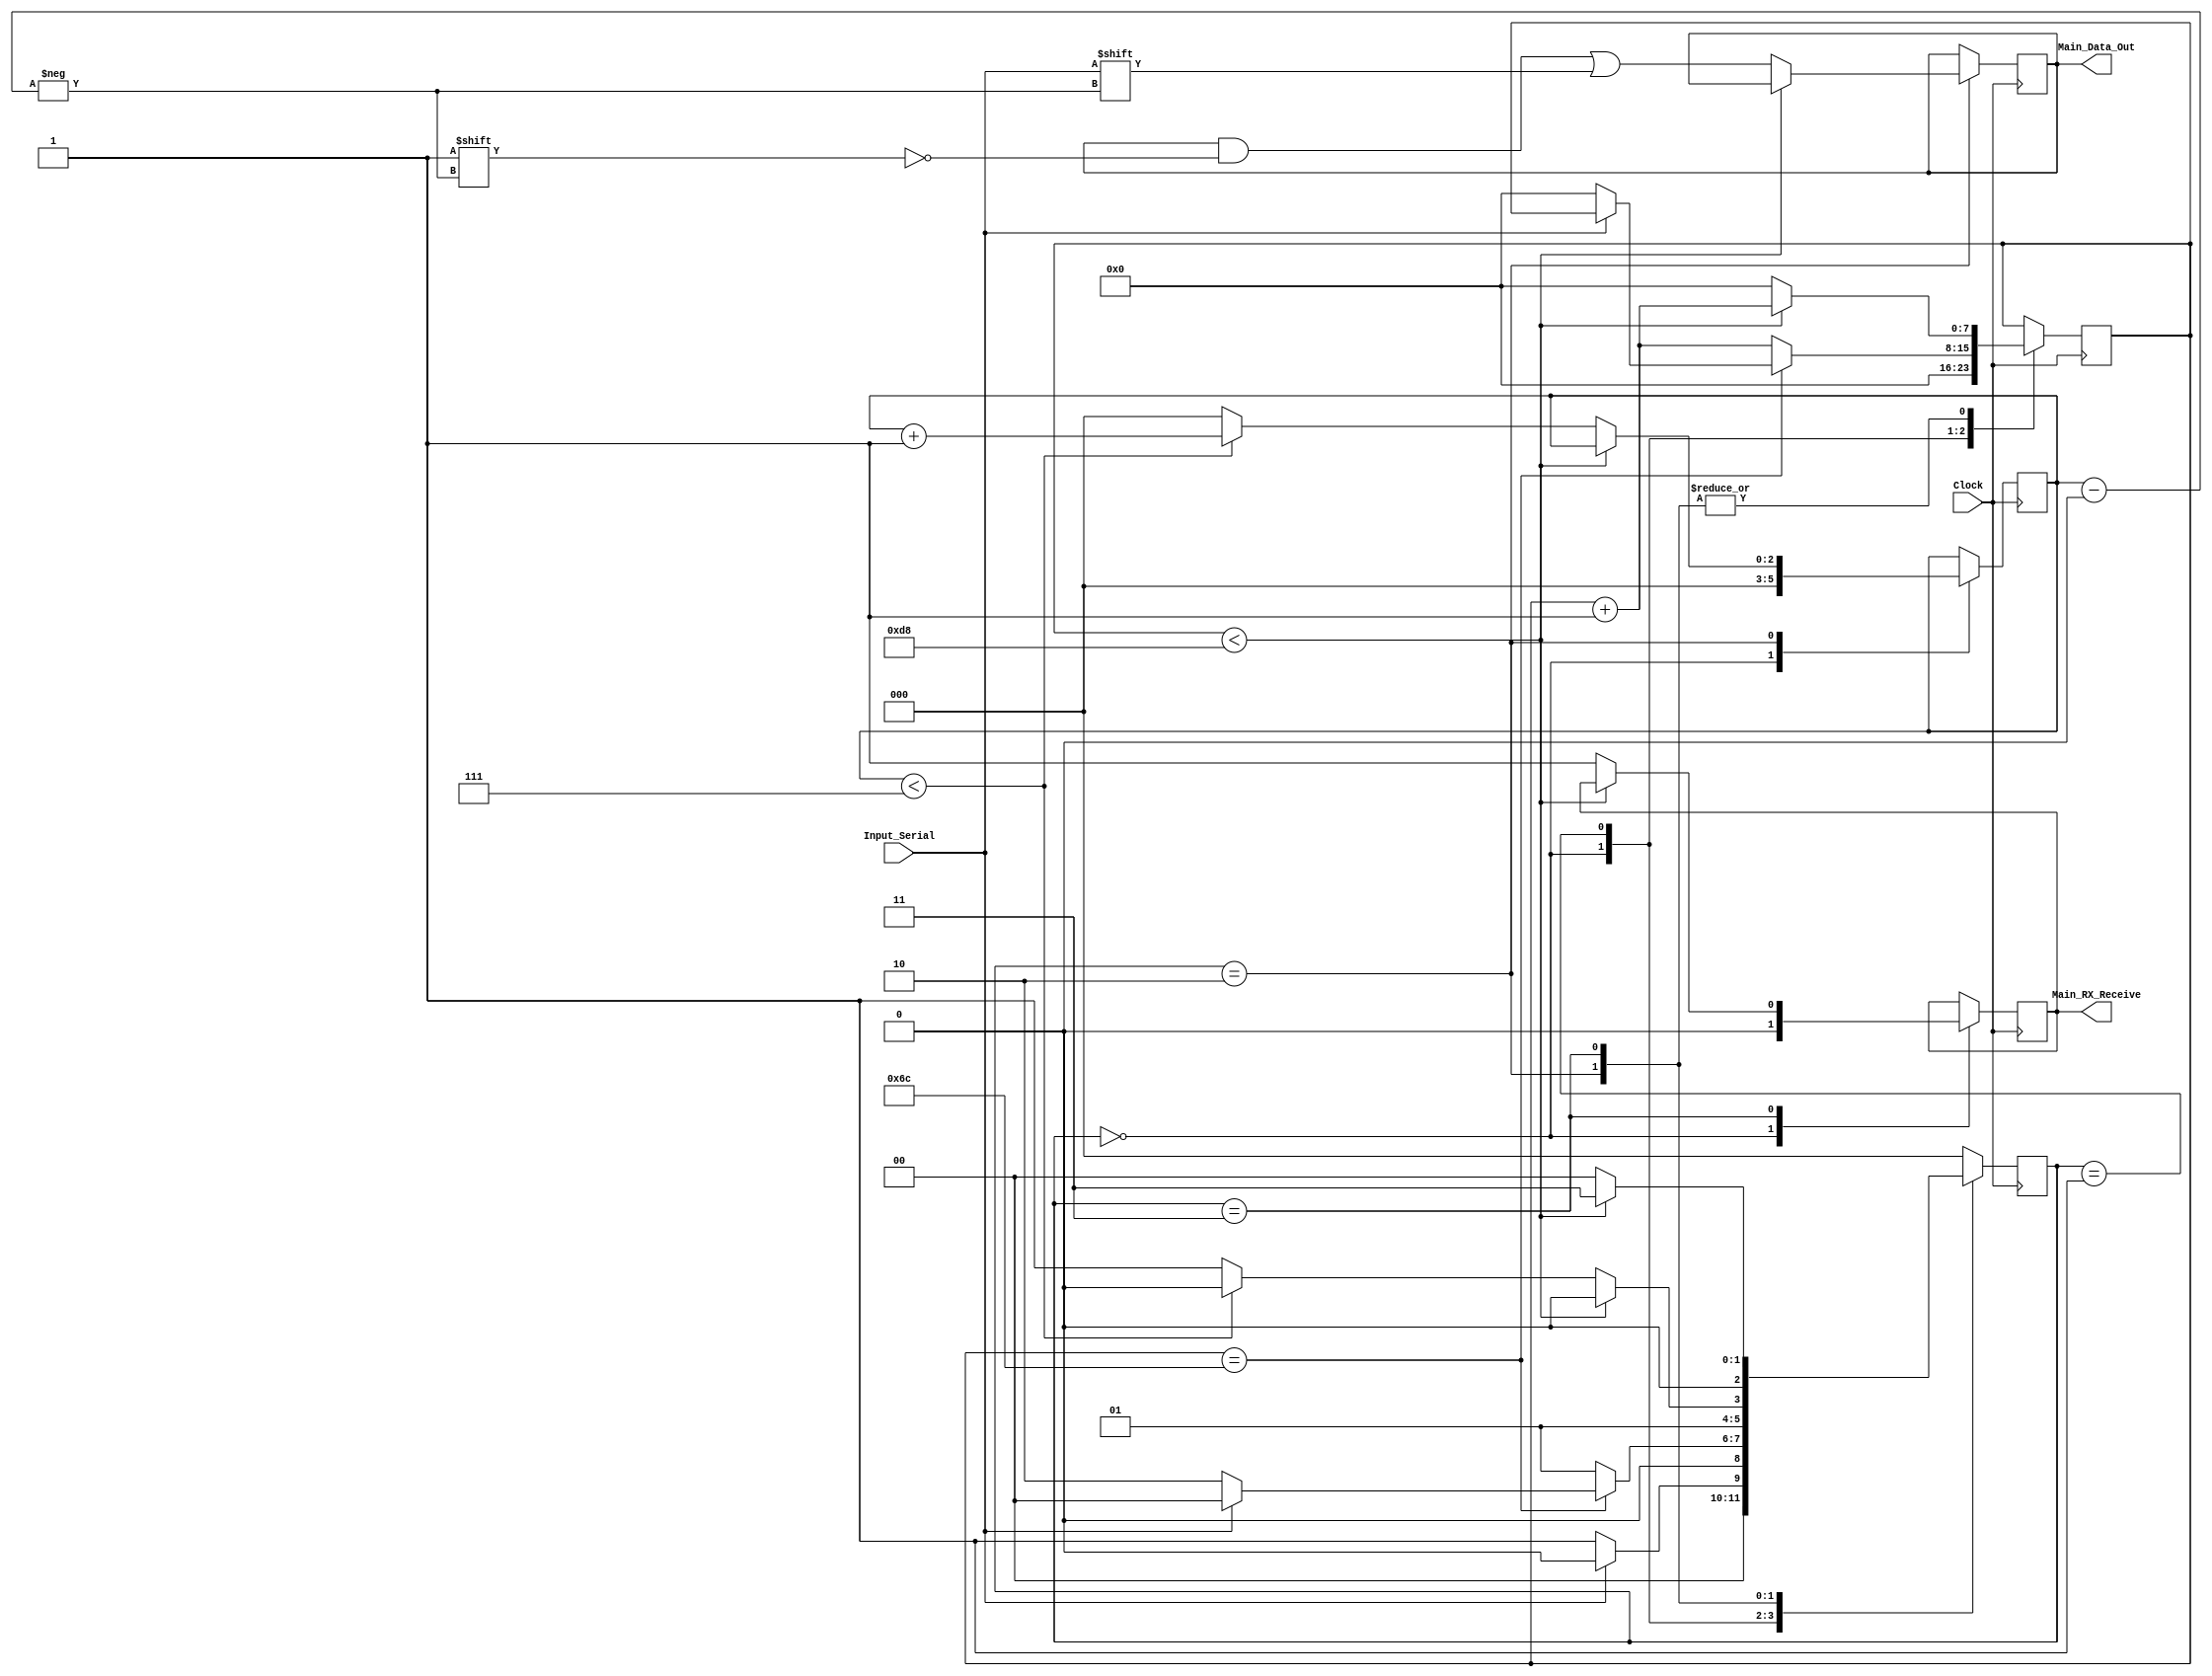
// CLKS_PER_BIT = (Frequency of Clock)/(Frequency of UART)
// Example: 25 MHz Clock, 115200 baud UART
// (25000000)/(115200) = 217
 
module UART_RX
  #(parameter CLKS_PER_BIT = 217)
  (
   input        Clock,
   input        Input_Serial,
   output       Main_RX_Receive,
    output [7:0] Main_Data_Out
   );
   
  parameter IDLE         = 3'b000;
  parameter START_BIT = 3'b001;
  parameter DATA_BIT = 3'b010;
  parameter STOP_BIT  = 3'b011;
  
  reg [7:0] Clock_Count = 0;
  reg [2:0] Data_Bit_Index   = 0;
  reg [7:0] Data_Out     = 0;
  reg       RX_Receive       = 0;
  reg [2:0] Present_State     = 0;
  
  always @(posedge Clock)
  begin
      
    case (Present_State)
      IDLE :
        begin
          RX_Receive       <= 1'b0;
          Clock_Count <= 0;
          Data_Bit_Index   <= 0;
          
          if (Input_Serial == 1'b0)
            Present_State <= START_BIT;
          else
            Present_State <= IDLE;
        end
     
      START_BIT :
        begin
          if (Clock_Count == (CLKS_PER_BIT-1)/2)
          begin
            if (Input_Serial == 1'b0)
            begin
              Clock_Count <= 0;
              Present_State     <= DATA_BIT;
            end
            else
              Present_State <= IDLE;
          end
          else
          begin
            Clock_Count <= Clock_Count + 1;
            Present_State     <= START_BIT;
          end
        end
      
      DATA_BIT :
        begin
          if (Clock_Count < CLKS_PER_BIT-1)
          begin
            Clock_Count <= Clock_Count + 1;
            Present_State     <= DATA_BIT;
          end
          else
          begin
            Clock_Count          <= 0;
            Data_Out[Data_Bit_Index] <= Input_Serial;
            
            if (Data_Bit_Index < 7)
            begin
              Data_Bit_Index <= Data_Bit_Index + 1;
              Present_State   <= DATA_BIT;
            end
            else
            begin
              Data_Bit_Index <= 0;
              Present_State   <= STOP_BIT;
            end
          end
        end
      
      STOP_BIT :
        begin
          if (Clock_Count < CLKS_PER_BIT-1)
          begin
            Clock_Count <= Clock_Count + 1;
     	    Present_State     <= STOP_BIT;
          end
          else
          begin
       	    RX_Receive       <= 1'b1;
            Clock_Count <= 0;
            Present_State     <= IDLE;
          end
        end
      
      default :
        Present_State <= IDLE;
      
    endcase
  end    
  
  assign Main_RX_Receive = RX_Receive;
  assign Main_Data_Out = Data_Out;
  
endmodule